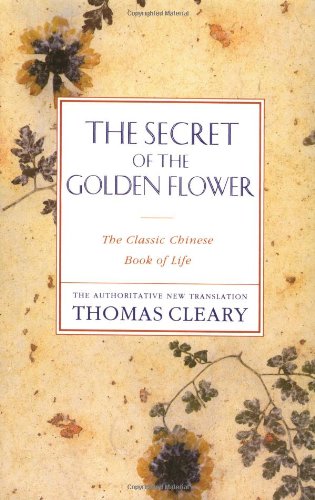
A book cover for The Secret of the Golden Flower; Thomas Cleary; Religion & Spirituality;